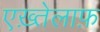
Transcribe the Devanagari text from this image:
एख़्तेलाफ़